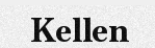
Kellen